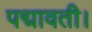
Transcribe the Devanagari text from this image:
पद्मावती।